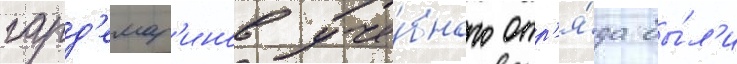
гард'емар'инов уче́бного отр'я́да бы́л'и